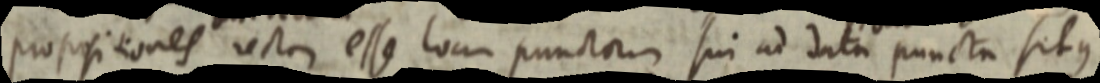
propositiones rectae esse locum punctorum sui ad data puncta situs